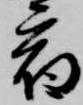
宿